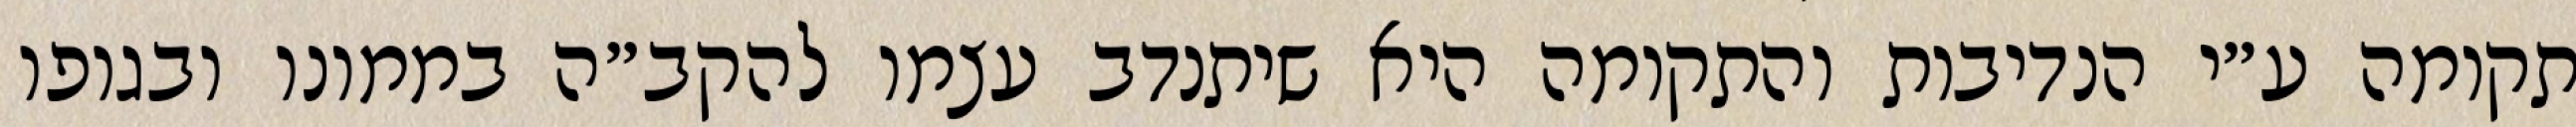
תקומה ע״י הנדיבות והתקומה היא שיתנדב עצמו להקב״ה בממונו ובגופו